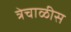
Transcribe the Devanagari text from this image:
त्रेचाळीस